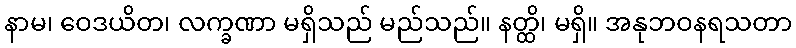
နာမ၊ ဝေဒယိတ၊ လက္ခဏာ မရှိသည် မည်သည်။ နတ္ထိ၊ မရှိ။ အနုဘဝနရသတာ